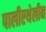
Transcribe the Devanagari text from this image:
पालीएथेलीन